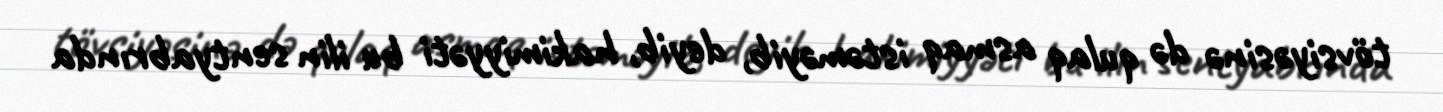
tövsiyəsinə də qulaq asmaq istəməyib, deyib, hakimiyyəti bu ilin sentyabrında